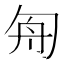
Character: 𠣘